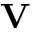
{ \bf V }